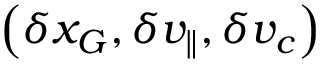
\left( \delta x _ { G } , \delta v _ { \parallel } , \delta v _ { c } \right)